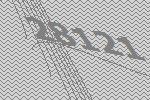
28121